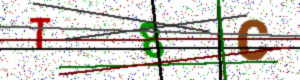
Text: T8C